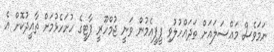
ނަމަވެސް މައްސަލައަށް ތަދައްހުލުވި ޕީޕީއެމުން ވަނީ ޖުމްހޫރީ ޕާޓީގެ ހުށަހެޅުމަށް ތާއީދުކޮށް އެ